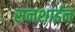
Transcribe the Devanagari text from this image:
सनशाईन